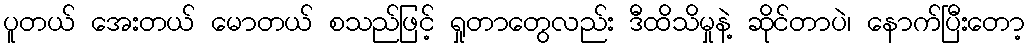
ပူတယ် အေးတယ် မောတယ် စသည်ဖြင့် ရှုတာတွေလည်း ဒီထိသိမှုနဲ့ ဆိုင်တာပဲ၊ နောက်ပြီးတော့